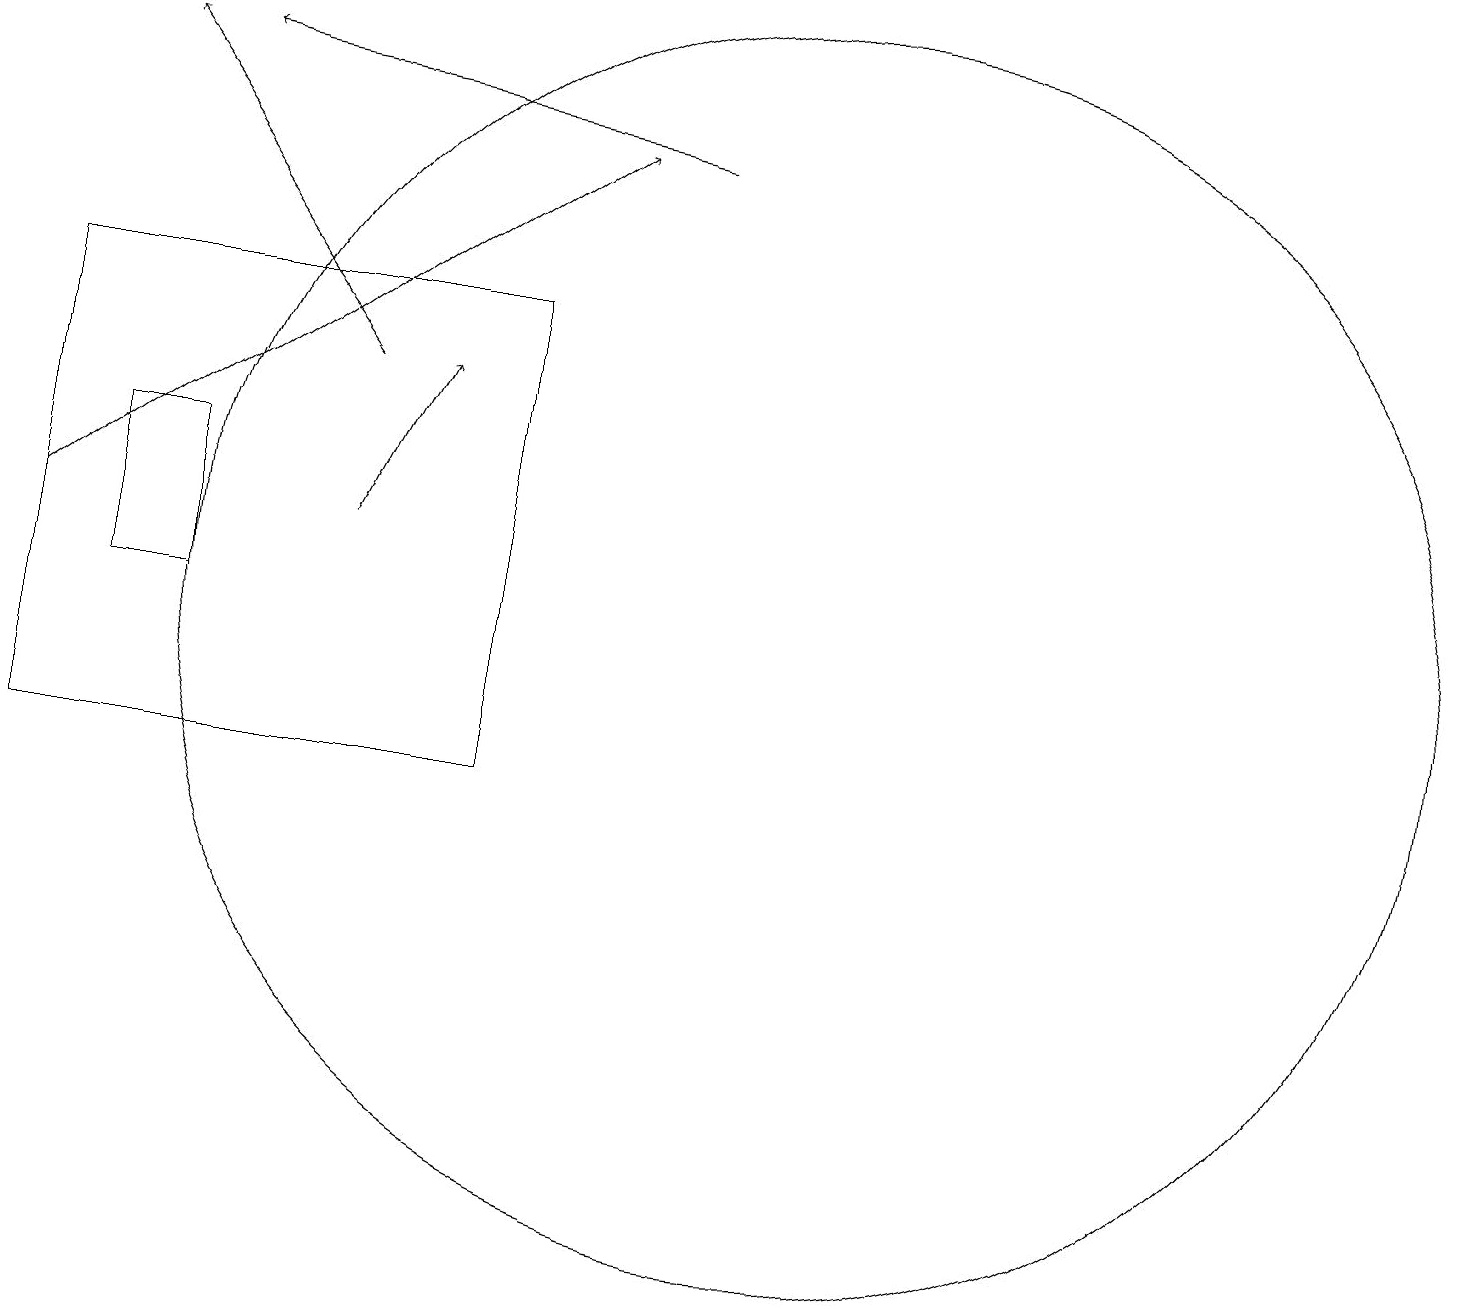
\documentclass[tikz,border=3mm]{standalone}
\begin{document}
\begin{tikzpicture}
\draw[->] (4,15) -- (1,19);
\draw[->] (4,13) -- (5,15);
\draw[->] (0,13) -- (7,18);
\draw (0,16) rectangle (6,10);
\draw (2,12) rectangle (1,14);
\draw (10,12) circle (8);
\draw[->] (8,18) -- (2,19);
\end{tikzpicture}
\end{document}